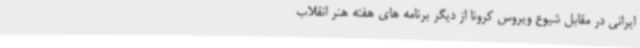
ایرانی در مقابل شیوع ویروس کرونا از دیگر برنامه های هفته هنر انقلاب